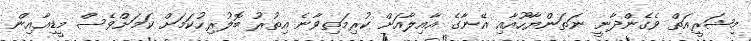
މިޝަރީއަތް ވެގެންދާނީ ނަތަންޔާހޫއާއި އޭނާގެ އާއިލާއަށް ކުރިމަތިވާނެ އިތުރު ބޮލުރިހުކަމަށް ކަމަށްވެސް މީޑިއާއިން